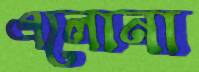
এলোনা